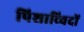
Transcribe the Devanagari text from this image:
पिशाच्विदों